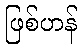
ဖြစ်ဟန်